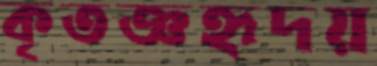
কৃতজ্ঞহৃদয়